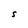
Character: S